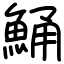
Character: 鯒